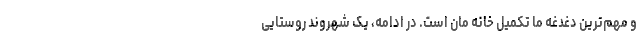
و مهم‌ترین دغدغه ما تکمیل خانه مان است. در ادامه، یک شهروند روستایی